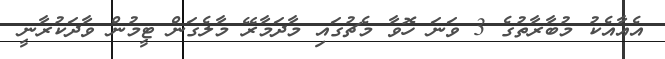
އެއާއެކު މުބާރާތުގެ 3 ވަނަ ހޮވާ މެޗުގައި މާދަމާރޭ މާލެގަން ޓީމުން ވާދަކުރާނީ